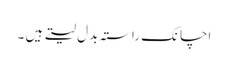
اچانک راستہ بدل لیتے ہیں ۔